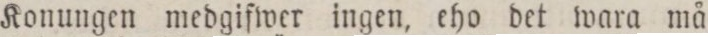
Konungen medgifwer ingen, eho det wara må,